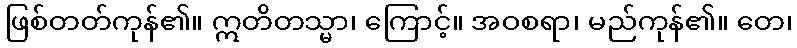
ဖြစ်တတ်ကုန်၏။ ဣတိတသ္မာ၊ ကြောင့်။ အဝစရာ၊ မည်ကုန်၏။ တေ၊